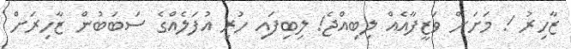
ޒާހިރު ! މަށަށް ވަޒީފާއެއް ލިބިއްޖެ! ލިބިފައި ހުރި އުފަލެއްގެ ސަބަބުން ޒާހިރަށް